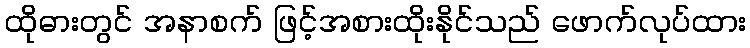
ထိုဓားတွင် အနာစက် ဖြင့်အစားထိုးနိုင်သည် ဖောက်လုပ်ထား